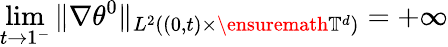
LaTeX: \operatorname*{lim}_{t\to 1^{-}}\| \nabla\theta^{0}\| _{L^{2}((0,t)\times\ensuremath{\mathbb{T}}^{d})}=+\infty